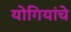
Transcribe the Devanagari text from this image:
योगियांचे